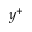
y ^ { + }